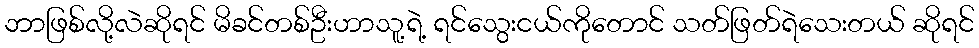
ဘာဖြစ်လို့လဲဆိုရင် မိခင်တစ်ဦးဟာသူ့ရဲ့ ရင်သွေးငယ်ကိုတောင် သတ်ဖြတ်ရဲသေးတယ် ဆိုရင်